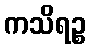
ကသိရဉ္စ